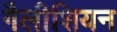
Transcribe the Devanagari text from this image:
गैलीशियन